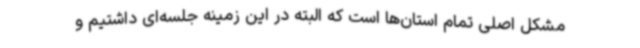
مشکل اصلی تمام استان‌ها است که البته در این زمینه جلسه‌ای داشتیم و